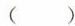
（ )